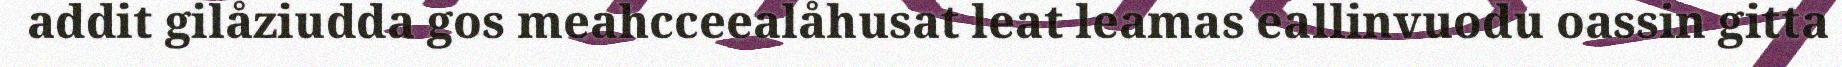
addit gilåziudda gos meahcceealåhusat leat leamas eallinvuodu oassin gitta